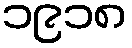
၁၉၁၈